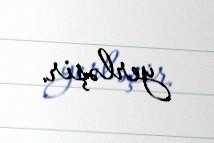
yerləşir.